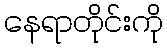
နေရာတိုင်းကို